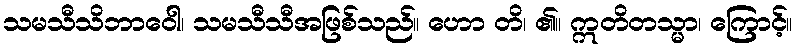
သမသီသိဘာဝေါ၊ သမသီသီအဖြစ်သည်။ ဟော တိ၊ ၏။ ဣတိတသ္မာ၊ ကြောင့်။